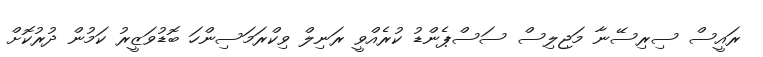
ރައީސް ސިރިސޭނާ މަޖިލިސް ސަސްޕެންޑު ކުރެއްވީ ރަނިލް ވިކްރަމަސިންހަ ބޮޑުވަޒީރު ކަމުން ދުރުކޮށް